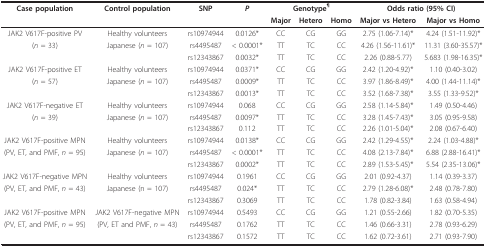
<table><thead><tr><td><b>Case population</b></td><td><b>Control population</b></td><td><b>SNP</b></td><td><b><i>P</i></b></td><td colspan="3"><b>Genotype<sup>¶</sup></b></td><td colspan="2"><b>Odds ratio (95% CI)</b></td></tr><tr><td></td><td></td><td></td><td></td><td><b>Major</b></td><td><b>Hetero</b></td><td><b>Homo</b></td><td><b>Major vs Hetero</b></td><td><b>Major vs Homo</b></td></tr></thead><tbody><tr><td>JAK2 V617F-positive PV</td><td>Healthy volunteers</td><td>rs10974944</td><td>0.0126*</td><td>CC</td><td>CG</td><td>GG</td><td>2.75 (1.06-7.14)*</td><td>4.24 (1.51-11.92)*</td></tr><tr><td>(<i>n </i>= 33)</td><td>Japanese (<i>n </i>= 107)</td><td>rs4495487</td><td>&lt; 0.0001*</td><td>TT</td><td>TC</td><td>CC</td><td>4.26 (1.56-11.61)*</td><td>11.31 (3.60-35.57)*</td></tr><tr><td></td><td></td><td>rs12343867</td><td>0.0032*</td><td>TT</td><td>TC</td><td>CC</td><td>2.26 (0.88-5.77)</td><td>5.683 (1.98-16.35)*</td></tr><tr><td>JAK2 V617F-positive ET</td><td>Healthy volunteers</td><td>rs10974944</td><td>0.0371*</td><td>CC</td><td>CG</td><td>GG</td><td>2.42 (1.20-4.92)*</td><td>1.10 (0.40-3.02)</td></tr><tr><td>(<i>n </i>= 57)</td><td>Japanese (<i>n </i>= 107)</td><td>rs4495487</td><td>0.0009*</td><td>TT</td><td>TC</td><td>CC</td><td>3.97 (1.86-8.49)*</td><td>4.00 (1.44-11.14)*</td></tr><tr><td></td><td></td><td>rs12343867</td><td>0.0013*</td><td>TT</td><td>TC</td><td>CC</td><td>3.52 (1.68-7.38)*</td><td>3.55 (1.33-9.52)*</td></tr><tr><td>JAK2 V617F-negative ET</td><td>Healthy volunteers</td><td>rs10974944</td><td>0.068</td><td>CC</td><td>CG</td><td>GG</td><td>2.58 (1.14-5.84)*</td><td>1.49 (0.50-4.46)</td></tr><tr><td>(<i>n </i>= 39)</td><td>Japanese (<i>n </i>= 107)</td><td>rs4495487</td><td>0.0097*</td><td>TT</td><td>TC</td><td>CC</td><td>3.28 (1.45-7.43)*</td><td>3.05 (0.95-9.58)</td></tr><tr><td></td><td></td><td>rs12343867</td><td>0.112</td><td>TT</td><td>TC</td><td>CC</td><td>2.26 (1.01-5.04)*</td><td>2.08 (0.67-6.40)</td></tr><tr><td>JAK2 V617F-positive MPN</td><td>Healthy volunteers</td><td>rs10974944</td><td>0.0138*</td><td>CC</td><td>CG</td><td>GG</td><td>2.42 (1.29-4.55)*</td><td>2.24 (1.03-4.88)*</td></tr><tr><td>(PV, ET, and PMF, <i>n </i>= 95)</td><td>Japanese (<i>n </i>= 107)</td><td>rs4495487</td><td>&lt; 0.0001*</td><td>TT</td><td>TC</td><td>CC</td><td>4.08 (2.13-7.84)*</td><td>6.88 (2.88-16.41)*</td></tr><tr><td></td><td></td><td>rs12343867</td><td>0.0002*</td><td>TT</td><td>TC</td><td>CC</td><td>2.89 (1.53-5.45)*</td><td>5.54 (2.35-13.06)*</td></tr><tr><td>JAK2 V617F-negative MPN</td><td>Healthy volunteers</td><td>rs10974944</td><td>0.1961</td><td>CC</td><td>CG</td><td>GG</td><td>2.01 (0.92-4.37)</td><td>1.14 (0.39-3.37)</td></tr><tr><td>(PV, ET, and PMF, <i>n </i>= 43)</td><td>Japanese (n = 107)</td><td>rs4495487</td><td>0.024*</td><td>TT</td><td>TC</td><td>CC</td><td>2.79 (1.28-6.08)*</td><td>2.48 (0.78-7.80)</td></tr><tr><td></td><td></td><td>rs12343867</td><td>0.3069</td><td>TT</td><td>TC</td><td>CC</td><td>1.78 (0.82-3.84)</td><td>1.63 (0.58-4.94)</td></tr><tr><td>JAK2 V617F-positive MPN</td><td>JAK2 V617F-negative MPN</td><td>rs10974944</td><td>0.5493</td><td>CC</td><td>CG</td><td>GG</td><td>1.21 (0.55-2.66)</td><td>1.82 (0.70-5.35)</td></tr><tr><td>(PV, ET, and PMF, <i>n </i>= 95)</td><td>(PV, ET and PMF, <i>n </i>= 43)</td><td>rs4495487</td><td>0.1762</td><td>TT</td><td>TC</td><td>CC</td><td>1.46 (0.66-3.31)</td><td>2.78 (0.93-6.29)</td></tr><tr><td></td><td></td><td>rs12343867</td><td>0.1572</td><td>TT</td><td>TC</td><td>CC</td><td>1.62 (0.72-3.61)</td><td>2.71 (0.93-7.90)</td></tr></tbody></table>